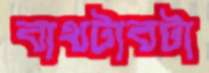
বাথটাবটা